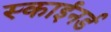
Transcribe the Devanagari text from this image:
स्काईनर्ड